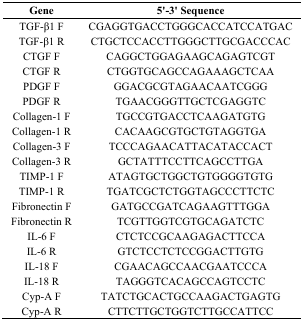
<table><thead><tr><td><b>Gene</b></td><td><b>5&#x27;-3&#x27; Sequence</b></td></tr></thead><tbody><tr><td>TGF-β1 F</td><td>CGAGGTGACCTGGGCACCATCCATGAC</td></tr><tr><td>TGF-β1 R</td><td>CTGCTCCACCTTGGGCTTGCGACCCAC</td></tr><tr><td>CTGF F</td><td>CAGGCTGGAGAAGCAGAGTCGT</td></tr><tr><td>CTGF R</td><td>CTGGTGCAGCCAGAAAGCTCAA</td></tr><tr><td>PDGF F</td><td>GGACGCGTAGAACAATCGGG</td></tr><tr><td>PDGF R</td><td>TGAACGGGTTGCTCGAGGTC</td></tr><tr><td>Collagen-1 F</td><td>TGCCGTGACCTCAAGATGTG</td></tr><tr><td>Collagen-1 R</td><td>CACAAGCGTGCTGTAGGTGA</td></tr><tr><td>Collagen-3 F</td><td>TCCCAGAACATTACATACCACT </td></tr><tr><td>Collagen-3 R</td><td>GCTATTTCCTTCAGCCTTGA</td></tr><tr><td>TIMP-1 F</td><td>ATAGTGCTGGCTGTGGGGTGTG </td></tr><tr><td>TIMP-1 R</td><td>TGATCGCTCTGGTAGCCCTTCTC</td></tr><tr><td>Fibronectin F</td><td>GATGCCGATCAGAAGTTTGGA</td></tr><tr><td>Fibronectin R</td><td>TCGTTGGTCGTGCAGATCTC</td></tr><tr><td>IL-6 F</td><td>CTCTCCGCAAGAGACTTCCA</td></tr><tr><td>IL-6 R</td><td>GTCTCCTCTCCGGACTTGTG</td></tr><tr><td>IL-18 F</td><td>CGAACAGCCAACGAATCCCA</td></tr><tr><td>IL-18 R</td><td>TAGGGTCACAGCCAGTCCTC</td></tr><tr><td>Cyp-A F</td><td>TATCTGCACTGCCAAGACTGAGTG</td></tr><tr><td>Cyp-A R</td><td>CTTCTTGCTGGTCTTGCCATTCC</td></tr></tbody></table>